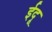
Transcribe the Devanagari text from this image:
ईदू